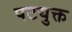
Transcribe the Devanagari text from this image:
पटयुक्त